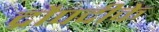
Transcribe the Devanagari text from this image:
द्रौपदीके